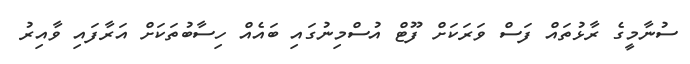
ސުނާމީގެ ރާޅުތައް ފަސް ވަރަކަށް ފޫޓް އުސްމިނުގައި ބައެއް ހިސާބުތަކަށް އަރާފައި ވާއިރު